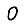
Digit: 0